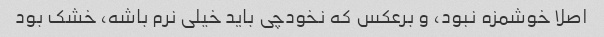
اصلا خوشمزه نبود، و برعکس که نخودچی باید خیلی نرم باشه، خشک بود